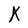
Character: X